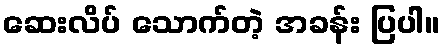
ဆေးလိပ် သောက်တဲ့ အခန်း ပြပါ။